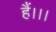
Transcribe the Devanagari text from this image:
हैं।।।